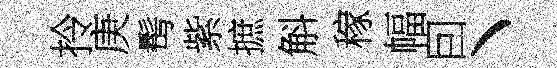
拎庚髩紫摭斛稼幅囙丶